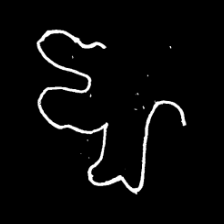
Pyu character \u2014 Myanmar letter: ဈ (romanized: jha)